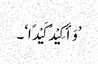
’وَأَکِیْدُ کَیْدًا‘۔